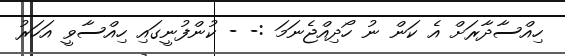
ހިއްސާދާރަށް އެ ކަން ނު ހޯދިއްޖެނަމަ :- - ކުންފުނީގައި ހިއްސާވީ އަހަރު